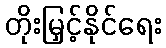
တိုးမြှင့်နိုင်ရေး